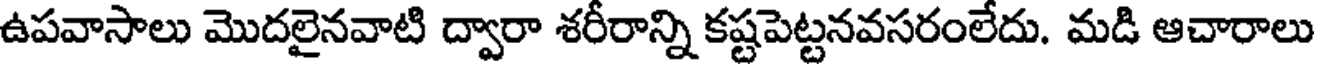
ఉపవాసాలు మొదలైనవాటి ద్వారా శరీరాన్ని కష్టపెట్టనవసరంలేదు. మడి ఆచారాలు